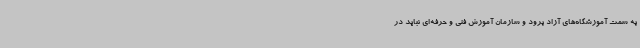
به سمت آموزشگاه‌های آزاد برود و سازمان آموزش فنی و حرفه‌ای نباید در